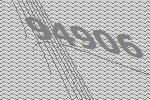
94906